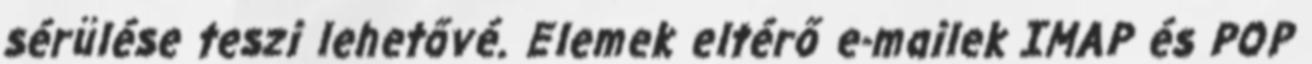
sérülése teszi lehetővé. Elemek eltérő e-mailek IMAP és POP